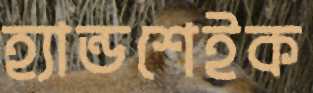
হ্যান্ডশেইক